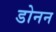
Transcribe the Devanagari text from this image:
डोनन